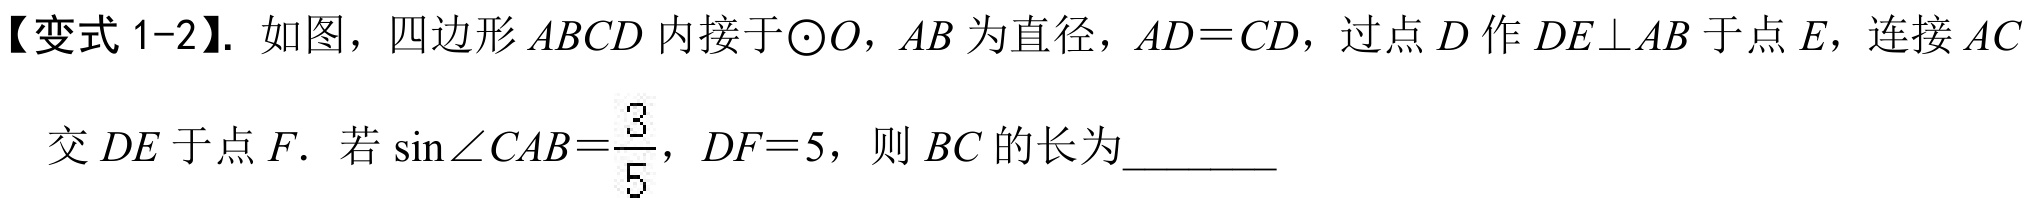
【变式 1-2】. 如图，四边形\(ABCD\)内接于\(\odot O\)，\(AB\)为直径，\(AD = CD\)，过点\(D\)作\(DE\perp AB\)于点\(E\)，连接\(AC\)
交\(DE\)于点\(F\). 若\(\sin\angle CAB=\dfrac{3}{5}\)，\(DF = 5\)，则\(BC\)的长为_________